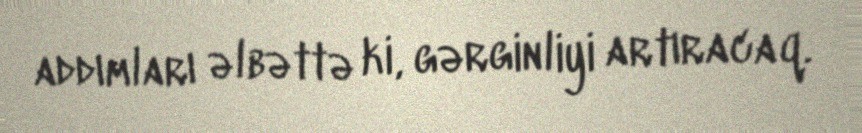
addımları əlbəttə ki, gərginliyi artıracaq.